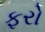
ફરો